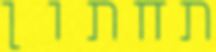
תחתון